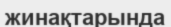
жинақтарында